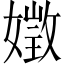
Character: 嬍